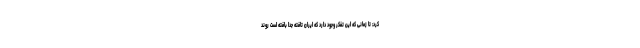
کرد: تا زمانی که این تفکر وجود دارد که ایران تافته جدا بافته است روند